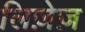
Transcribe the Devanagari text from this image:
लिज़ेज़